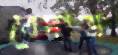
বেদাত